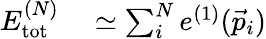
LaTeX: \begin{array}{rl}{E_{\mathrm{tot}}^{(N)}}&{{}\simeq\sum_{i}^{N}e^{(1)}(\vec{p}_{i})}\end{array}